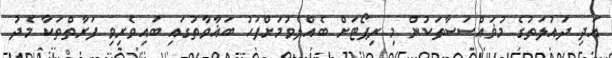
އަދި ދައުލަތުގެ މުޥައްސަސާތަކުން މި ރިޕޯޓަށް ބެއްލެވުމަށްފަހު ބަޣާވާތުގައި ބައިވެރިވި ފަރާތްތަކާ މެދު